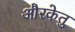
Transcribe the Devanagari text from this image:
औरकेतु